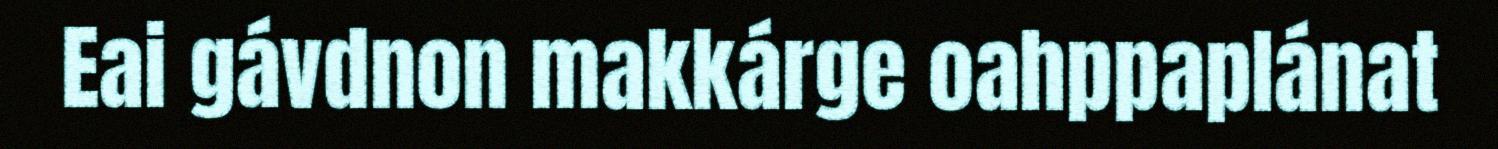
Eai gávdnon makkárge oahppaplánat